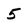
Character: 5